Subject: math
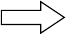
LaTeX code:
\begin{tikzpicture}
\clip (-1, -1) rectangle (1, 1);
\draw (-0.4, -0.09) -- (0.1, -0.09) -- (0.1, -0.2) -- (0.4, 0) -- (0.1, 0.2) -- (0.1, 0.09) -- (-0.4, 0.09) -- cycle;
\end{tikzpicture}